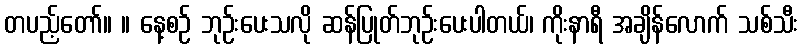
တပည့်တော်။ ။ နေ့စဉ် ဘုဉ်းပေးသလို ဆန်ပြုတ်ဘုဉ်းပေးပါတယ်၊ ကိုးနာရီ အချိန်လောက် သစ်သီး